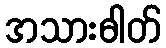
အသားဓါတ်